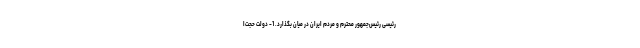
رئیسی رئیس‌جمهور محترم و مردم ایران در میان بگذارد. 1- دولت حجت‌ا